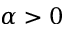
\alpha > 0